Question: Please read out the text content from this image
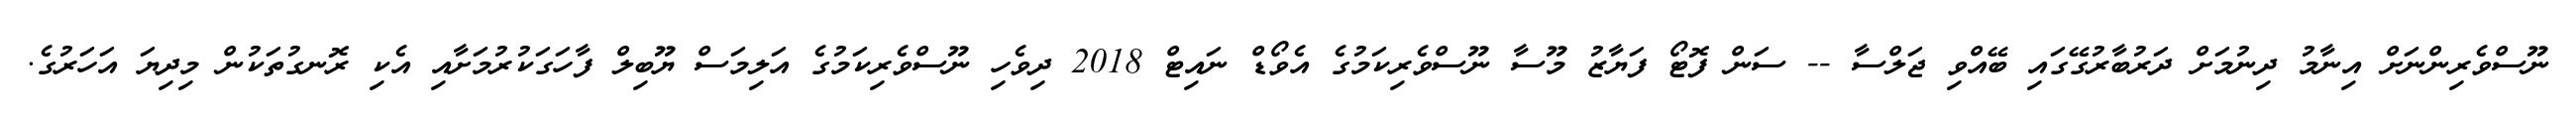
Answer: ނޫސްވެރިންނަށް އިނާމު ދިނުމަށް ދަރުބާރުގޭގައި ބޭއްވި ޖަލްސާ -- ސަން ފޮޓޯ ފަޔާޒު މޫސާ ނޫސްވެރިކަމުގެ އެވޯޑް ނައިޓް 2018 ދިވެހި ނޫސްވެރިކަމުގެ އަލިމަސް ޔޫބިލް ފާހަގަކުރުމަށާއި އެކި ރޮނގުތަކުން މިދިޔަ އަހަރުގެ.